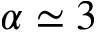
\alpha \simeq 3